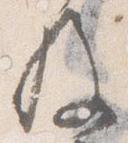
及